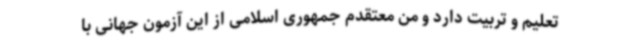
تعلیم و تربیت دارد و من معتقدم جمهوری اسلامی از این آزمون جهانی با